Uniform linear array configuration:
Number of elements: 4
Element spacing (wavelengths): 1
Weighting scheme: hamming
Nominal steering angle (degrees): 0
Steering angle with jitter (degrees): -1.429
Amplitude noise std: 0.05
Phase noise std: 0.05

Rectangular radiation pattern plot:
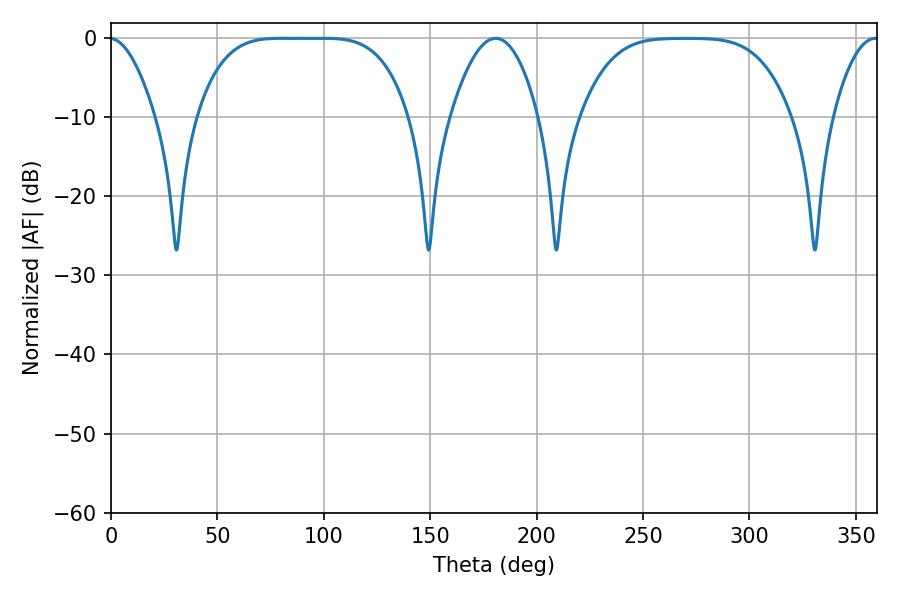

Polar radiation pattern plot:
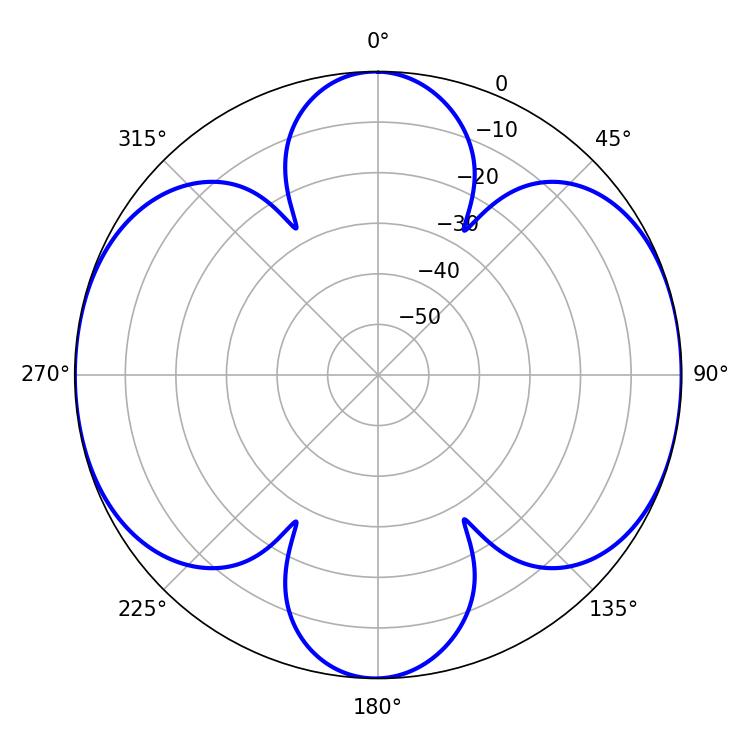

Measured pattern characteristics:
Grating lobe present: TRUE
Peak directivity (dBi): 15.775
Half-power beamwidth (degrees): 75.24
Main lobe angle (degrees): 80.64